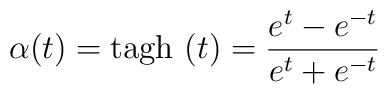
\alpha (t)=\mbox{tagh}\ (t)=\frac{e^t-e^{-t}}{e^t+e^{-t}}